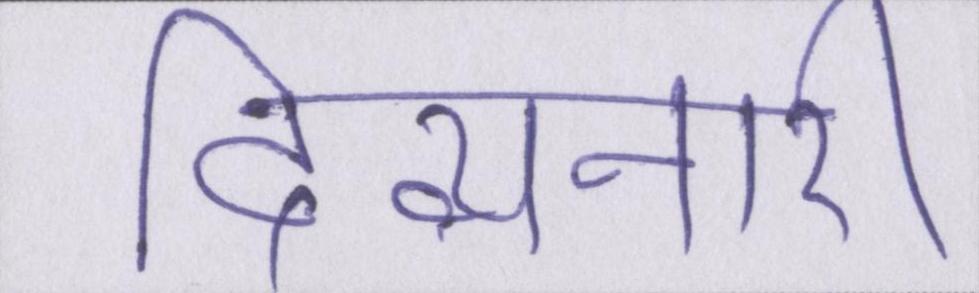
दिव्यनारी